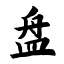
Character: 盘